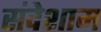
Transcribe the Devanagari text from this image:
संदेशाम